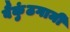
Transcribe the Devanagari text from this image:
वैकुंठगामी